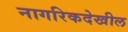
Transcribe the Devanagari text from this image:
नागरिकदेखील